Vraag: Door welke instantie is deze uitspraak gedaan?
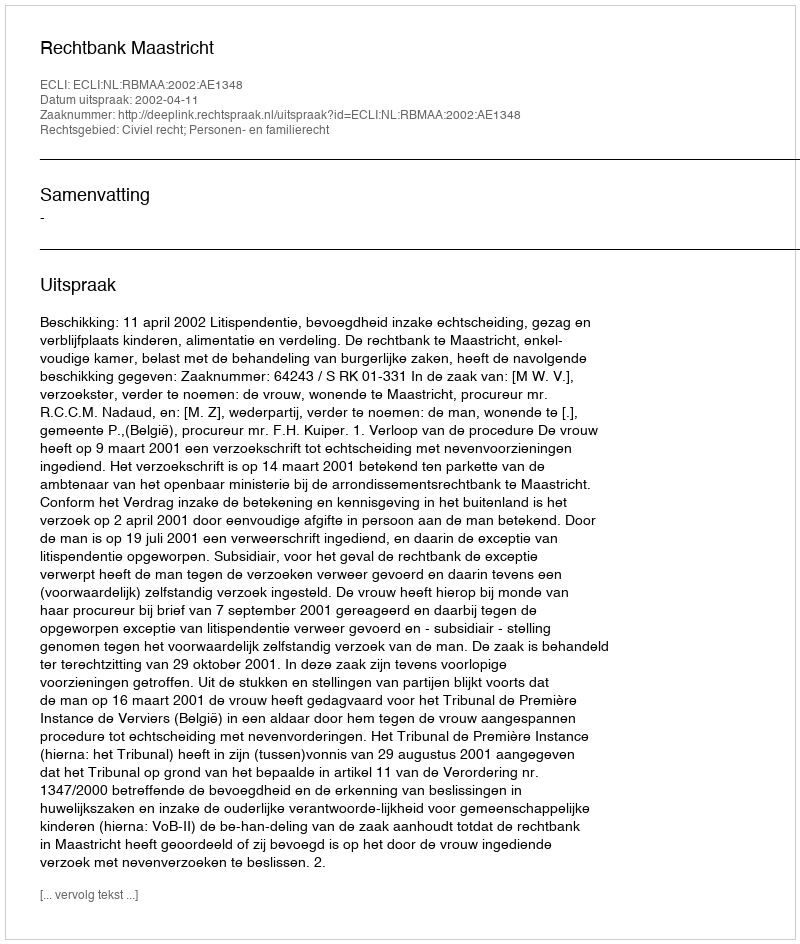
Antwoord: Rechtbank Maastricht